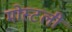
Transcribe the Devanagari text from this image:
मोस्टली